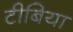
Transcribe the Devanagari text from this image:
टीबिया